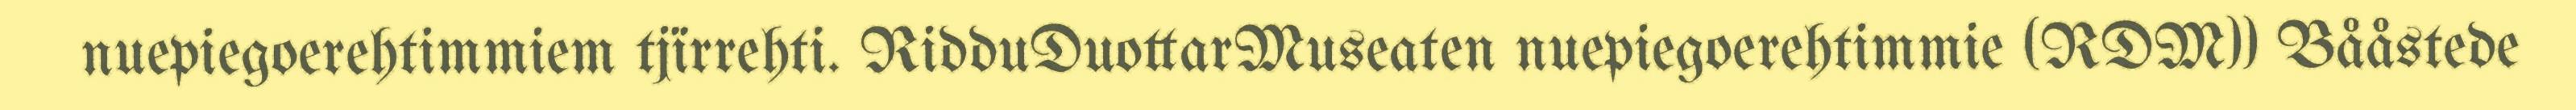
nuepiegoerehtimmiem tjïrrehti. RidduDuottarMuseaten nuepiegoerehtimmie (RDM)) Bååstede